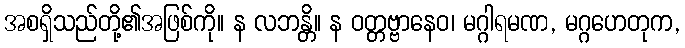
အစရှိသည်တို့၏အဖြစ်ကို။ န လဘန္တိ။ န ဝတ္တဗ္ဗာနေဝ၊ မဂ္ဂါရမဏ, မဂ္ဂဟေတုက,